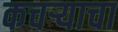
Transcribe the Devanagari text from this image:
कचऱ्याचा